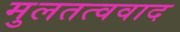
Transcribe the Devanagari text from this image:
मुलतत्ववाद